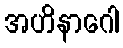
အဟိနာဂေါ